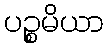
ပဉ္စမိယာ